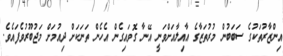
އިންޒާރުތަކުގެ ސަބަބުން މުރުތަޒާގެ އާއިލާއަށްވަނީ އޭނާ ގޮވައިގެން އެހެން ތަނަކަށް ދިއުމަށް މަޖުބޫރުވެފައެވެ.